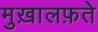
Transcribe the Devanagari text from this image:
मुख़ालफ़ते